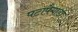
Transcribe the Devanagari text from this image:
पटापैगाडा